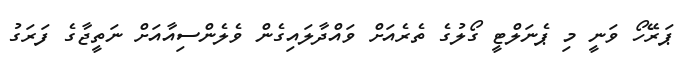
ޕަރޭހޯ ވަނީ މި ޕެނަލްޓީ ގޯލުގެ ތެރެއަށް ވައްދާލައިގެން ވެލެންސިއާއަށް ނަތީޖާގެ ފަރަގު